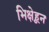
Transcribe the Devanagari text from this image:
भिक्षेहून